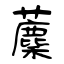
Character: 蘪